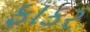
ફાકર